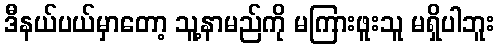
ဒီနယ်ပယ်မှာတော့ သူ့နာမည်ကို မကြားဖူးသူ မရှိပါဘူး